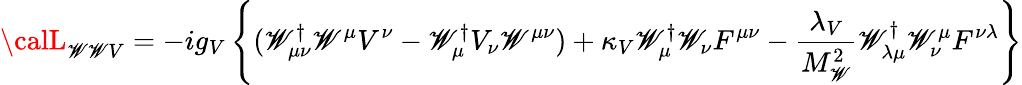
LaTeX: {\calL}_{\mathscr{W}\mathscr{W}V}=-ig_{V}\left\{ {(\mathscr{W}_{\mu\nu}^{\dagger}\mathscr{W}^{\mu}V^{\nu}-\mathscr{W}_{\mu}^{\dagger}V_{\nu}\mathscr{W}^{\mu\nu})+\kappa_{V}\mathscr{W}_{\mu}^{\dagger}\mathscr{W}_{\nu}F^{\mu\nu}-{\frac{{\lambda_{V}}}{{M_{\mathscr{W}}^{2}}}}\mathscr{W}_{\lambda\mu}^{\dagger}\mathscr{W}_{\nu}^{\mu}F^{\nu\lambda}}\right\}